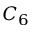
C _ { 6 }